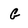
Character: G